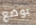
بوضع